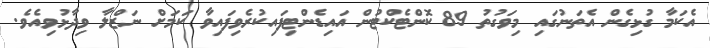
އެކަމާ ގުޅިގެން އެތަނުގައި މިވަގުތު 89 ކޮންޓެކްޓުން އައިޑެންޓިފައިކުރެވިފައިވާ ކަމަށް ނަޒްލާ ވިދާޅުވިއެވެ.